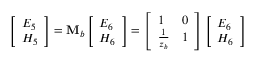
\left[ \begin{array} { l } { E _ { 5 } } \\ { H _ { 5 } } \end{array} \right] = \mathbf { M } _ { b } \left[ \begin{array} { l } { E _ { 6 } } \\ { H _ { 6 } } \end{array} \right] = \left[ \begin{array} { l l } { 1 } & { 0 } \\ { \frac { 1 } { z _ { b } } } & { 1 } \end{array} \right] \left[ \begin{array} { l } { E _ { 6 } } \\ { H _ { 6 } } \end{array} \right]